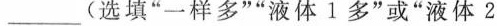
________(选填”一样多””液体1多”或”液体2